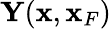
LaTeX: {\mathbf Y}({\mathbf x},{\mathbf x}_{F})